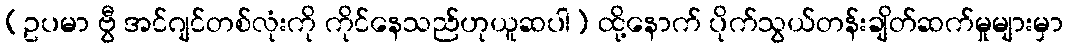
(ဥပမာ ဗွီ အင်ဂျင်တစ်လုံးကို ကိုင်နေသည်ဟုယူဆပါ) ထို့နောက် ပိုက်သွယ်တန်းချိတ်ဆက်မှုများမှာ